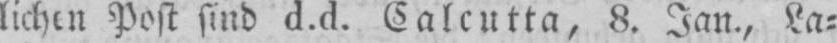
lichen Post sind d.d. Calcutta, 8. Jan., La⸗